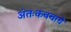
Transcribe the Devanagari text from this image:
अंतःकवचाचे